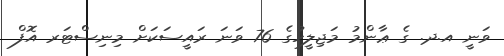
ވަނީ އ.ދ. ގެ ޢާންމު މަޖިލީހުގެ 76 ވަނަ ރައީސަކަށް މިނިސްޓަރ އޮފް